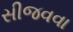
સીજવવા